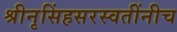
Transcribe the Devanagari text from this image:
श्रीनृसिंहसरस्वतींनीच